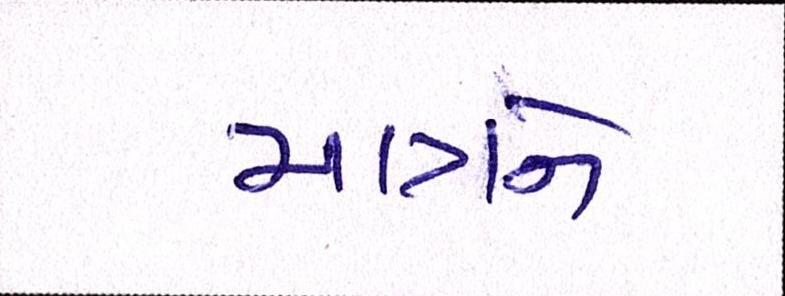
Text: માત્રને